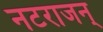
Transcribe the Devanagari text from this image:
नटराजन्‌